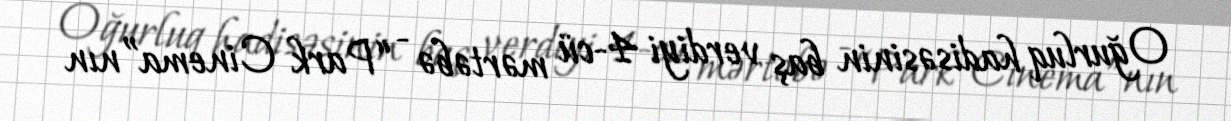
Oğurluq hadisəsinin baş verdiyi 4-cü mərtəbə - “Park Cinema”nın